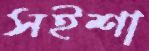
সইশা